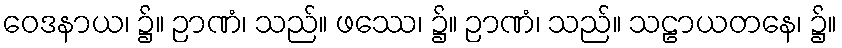
ဝေဒနာယ၊ ၌။ ဉာဏံ၊ သည်။ ဖဿေ၊ ၌။ ဉာဏံ၊ သည်။ သဠာယတနေ၊ ၌။